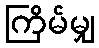
ကြိမ်မျှ